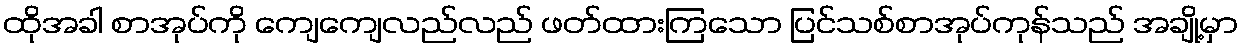
ထိုအခါ စာအုပ်ကို ကျေကျေလည်လည် ဖတ်ထားကြသော ပြင်သစ်စာအုပ်ကုန်သည် အချို့မှာ